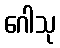
ဂေါသု